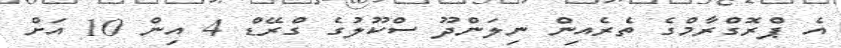
އެ ޕްރޮގްރާމްގެ ތެރެއިން ނިލަންދޫ ސްކޫލުގެ ގްރޭޑް 4 އިން 10 އަށް